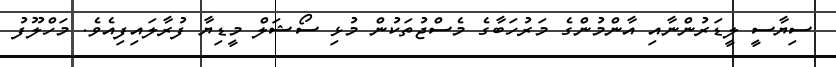
ސިޔާސީ ލީޑަރުންނާއި އާންމުންގެ މަރުހަބާގެ މެސްޖުތަކުން މުޅި ސޯޝަލް މީޑިޔާ ފުރާލައިިފިއެވެ. މަހްލޫފު